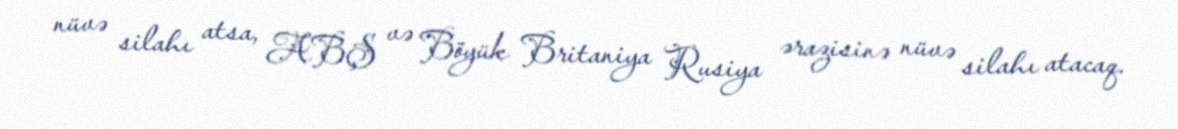
nüvə silahı atsa, ABŞ və Böyük Britaniya Rusiya ərazisinə nüvə silahı atacaq.